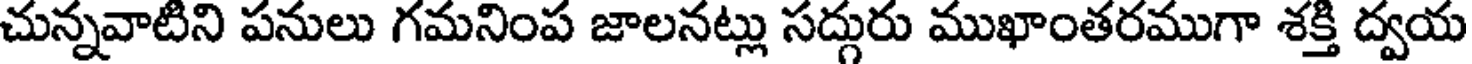
చున్నవాటిని పనులు గమనింప జాలనట్లు సద్గురు ముఖాంతరముగా శక్తి ద్వయ